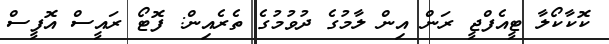
ކޮކާކޯލާ ޓީއެފްޖީ ރަން އިން ލާމުގެ ދުވުމުގެ ތެރެއިން: ފޮޓޯ ރައީސް އޮފީސް